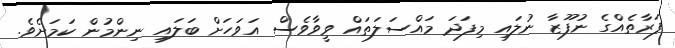
ފަރާތެއްގެ ނުފޫޒާ ނުލައި މިފަދަ މައްސަލަތައް ވީވާވެސް އަވަހަށް ބަލައި ނިންމުން ކަމަށެވެ.